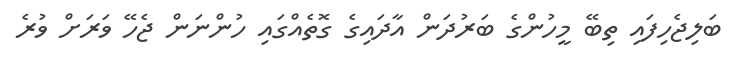
ބަލިޖެހިފައި ތިބޭ މީހުންގެ ބަރުދަން އާދައިގެ ގޮތެއްގައި ހުންނަން ޖެހޭ ވަރަށް ވުރެ